Kiideva_(Sinalepa)_vallavalitsus, lk 39
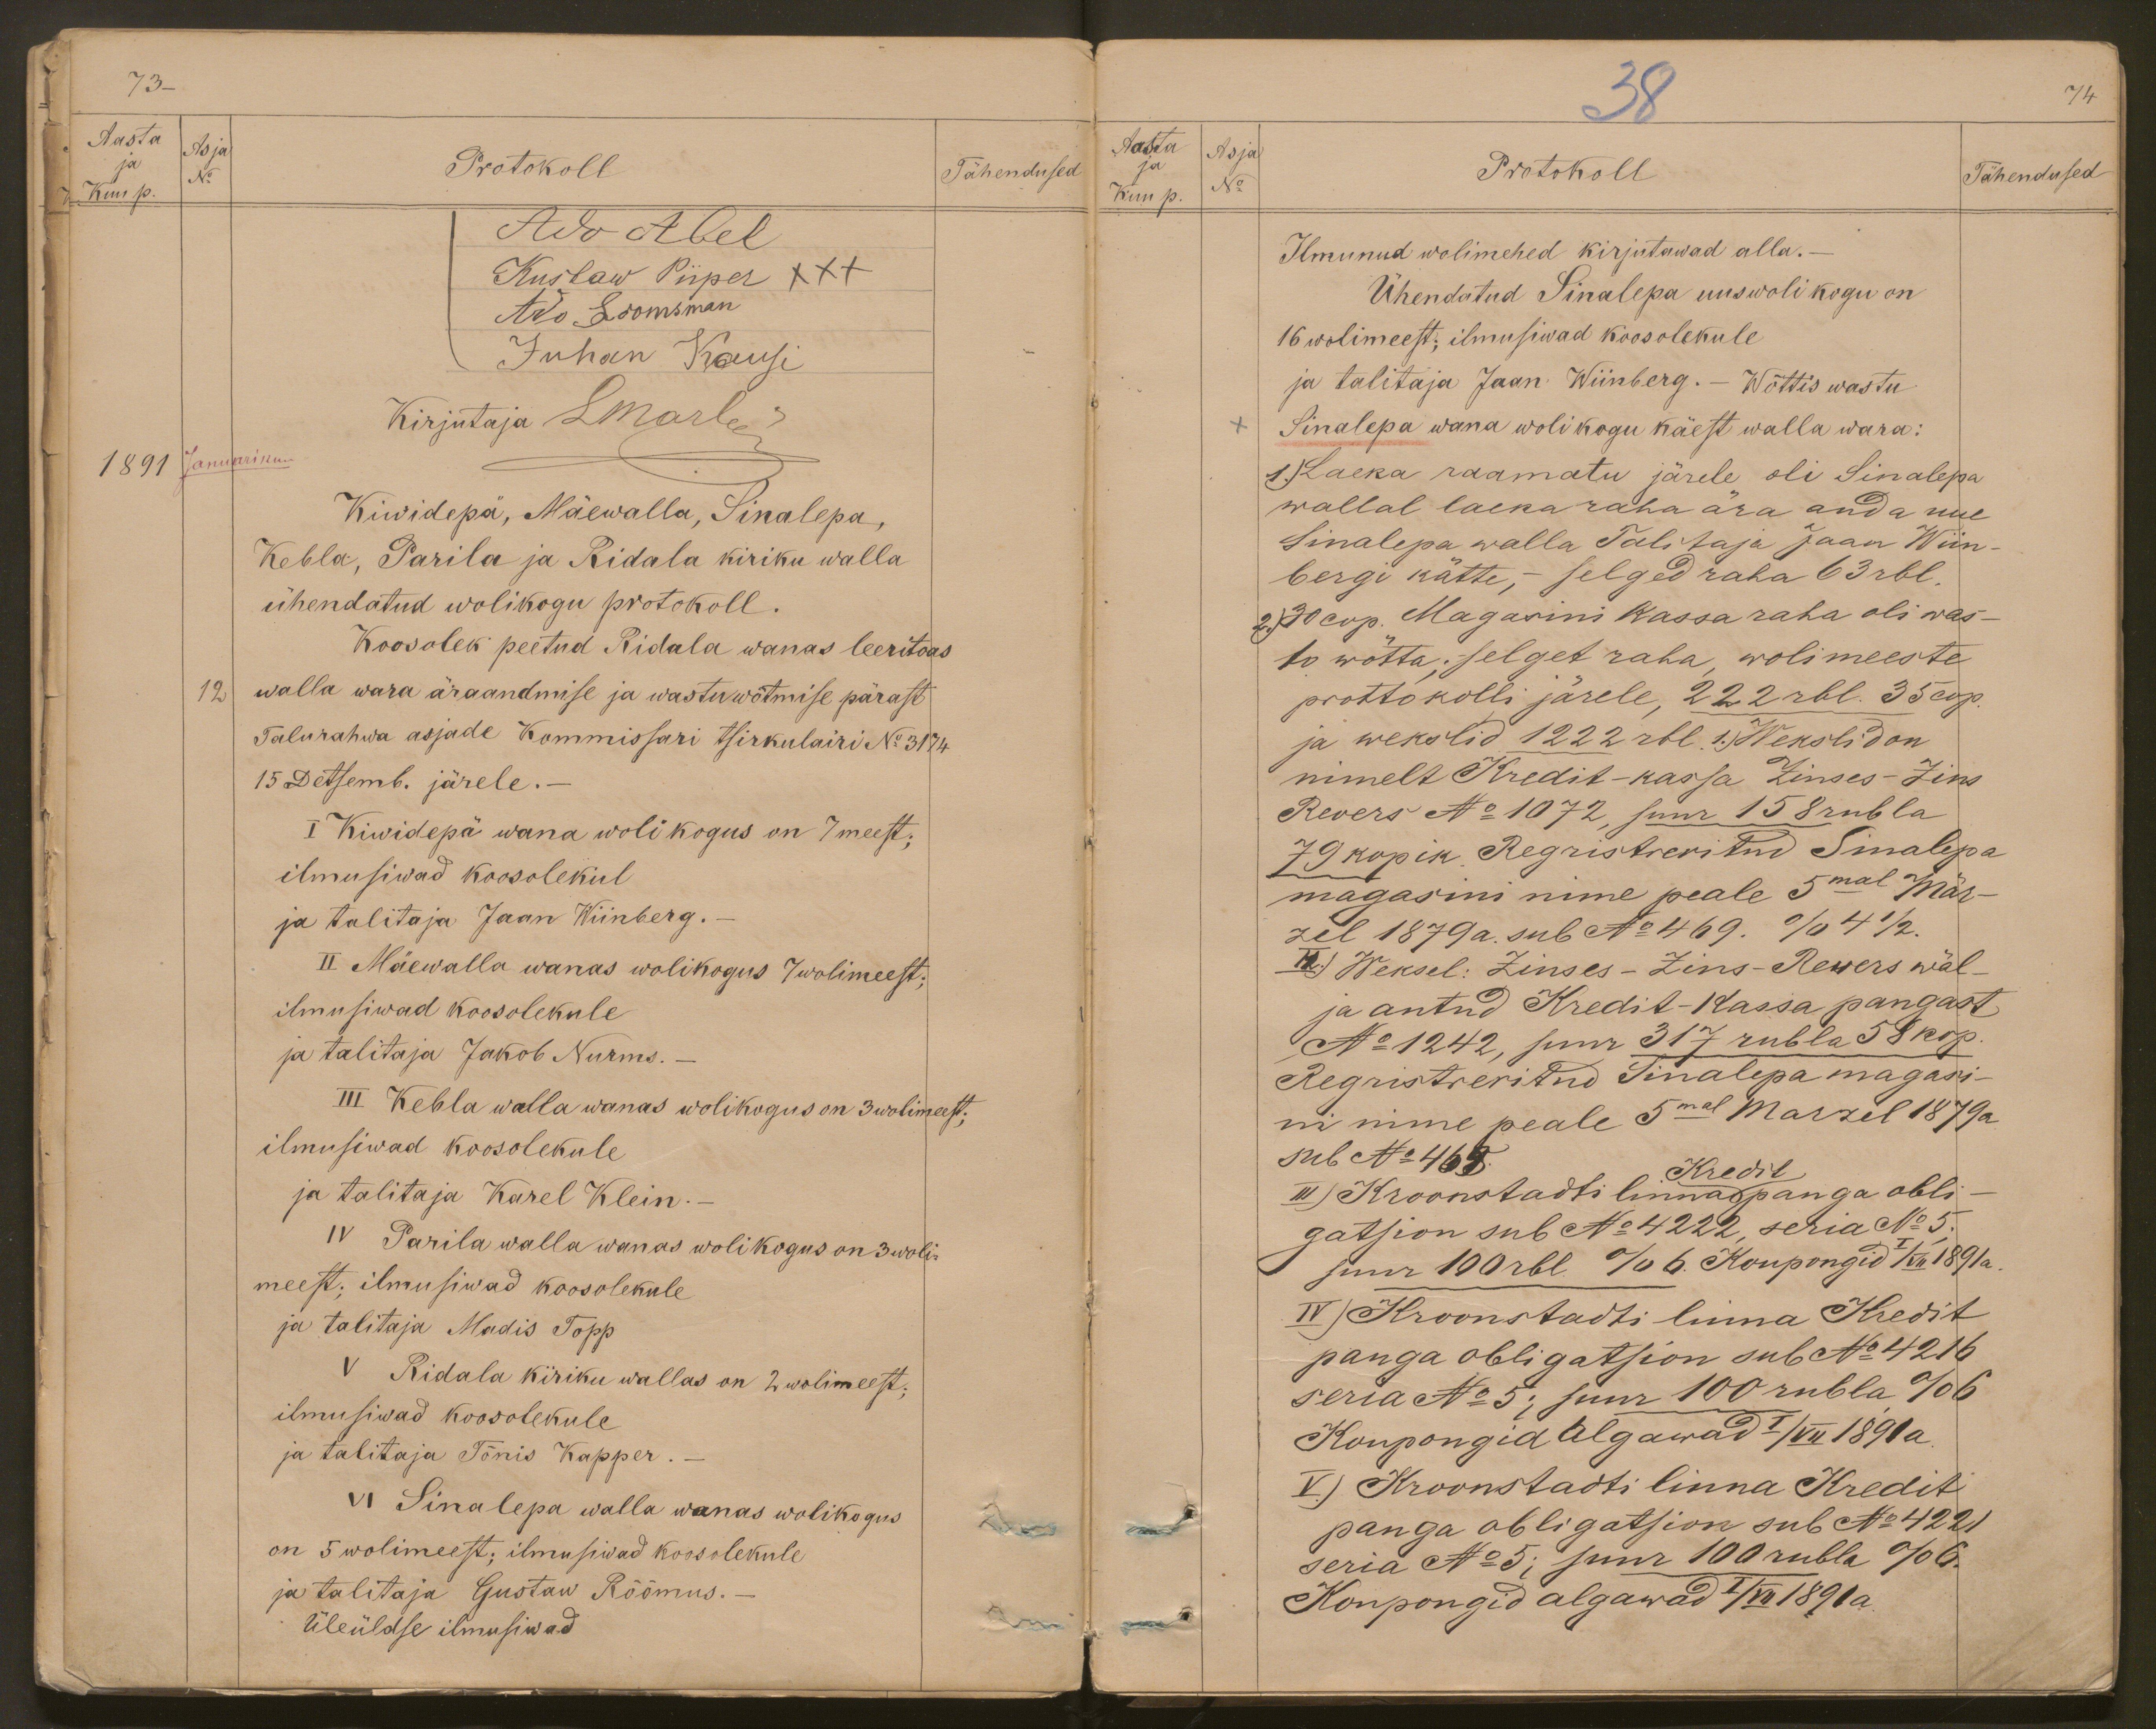
73.
Aasta
Asja
ja
Protokoll
Kuu p.
No
Tähendused
Ado Abel
Kustaw Piiper XXX
Ado Loomsman
Juhan Kausi
Kirjutaja Lmarle
1891
Januarikuu
Kiwidepä, Mäewalla, Sinalepa,
Kebla, Parila ja Ridala kiriku walla
ühendatud wolikogu protokoll.
Koosolek peetud Ridala wanas leeritoas
12
walla wara äraandmise ja wastuwõtmise pärast
Talurahwa asjade Kommissari tsirkulairi No 3174
15 Detsemb. järele.-
I Kiwidepä wana wolikogus on 7 meest;
ilmusiwad koosolekul
ja talitaja Jaan Wiinberg.
II Mäewalla wanas wolikogus 7 wolimeest;
ilmusiwad koosolekule
ja talitaja Jakob Nurms.
III Kebla walla wanas wolikogus on 3 wolimeest;
ilmusiwad koosolekule
ja talitaja Karel Klein.-
IV Parila walla wanas wolikogus on 3 woli-
meest, ilmusiwad koosolekule
ja talitaja Madis Topp
V Ridala kiriku wallas on 2 wolimeest;
ilmusiwad koosolekule
ja talitaja Tõnis Kapper.-
VI Sinalepa walla wanas wolikogus
on 5 wolimeest; ilmusiwad koosolekule
ja talitaja Gustaw Rõõmus.
Üleüldse ilmusiwad

38
74
Aasta
Asja
No
ja
Tähendused
Kuu p.
Protokoll
Ilmunud wolimehed kirjutawad alla.-
Ühendatud Sinalepa uus woli kogu on
16 wolimeest; ilmusiwad koosolekule
ja talitaja Jaan Wiinberg. - Wõttis wastu
Sinalepa wana wolikogu käest walla wara:
1) Laeka raamatu järele oli Sinalepa
wallal laeka raha ära anda uue
Sinalepa walla Talitaja Jaan Wiin-
bergi kätte, - selged raha 63 rbl.
2) 30 cop. Magasini kassa raha oli was-
to wõtta; selget raha, wolimeeste
prottokolli järele, 222 rbl. 35 cop.
ja wekslid 1222 rbl. 1) Wekslid on
nimelt Kredit-kassa Zinses-Zins
Revers No 1072, suur 158 rubla
79 kopik Registreritud Sinalepa
magasini nime peale 5mal Mär-
zil 1879 a sub No 469. % 4 1/2.
II) Weksel: Zinses-Zins-Rewers wäl-
ja antud Kredit-Kassa pangast
No 1242, suur 317 rubla 58 kop
Regristreritud Sinalepa magasi-
ni nime peale 5mal Marzil 1879 a
sub No 469.
Kredit
III) Kroonstadti linnapanga obli-
gatsion sub No 4222, seria No 5.
suur 100 rbl. % 6. Koupongid I/VII No 1891 a.
IV) Kroonstadti linna Kredit
panga obligatsion sub No 4216
seria No 5; suur 100 rubla % 6
Koupongid Algawad I/VII 1891 a
V) Kroonstadti linna Kredit
panga obligatsion sub No 4221
seria No 5; suur 100 rubla % 6.
Koupongid algawad I/VII 1891 a